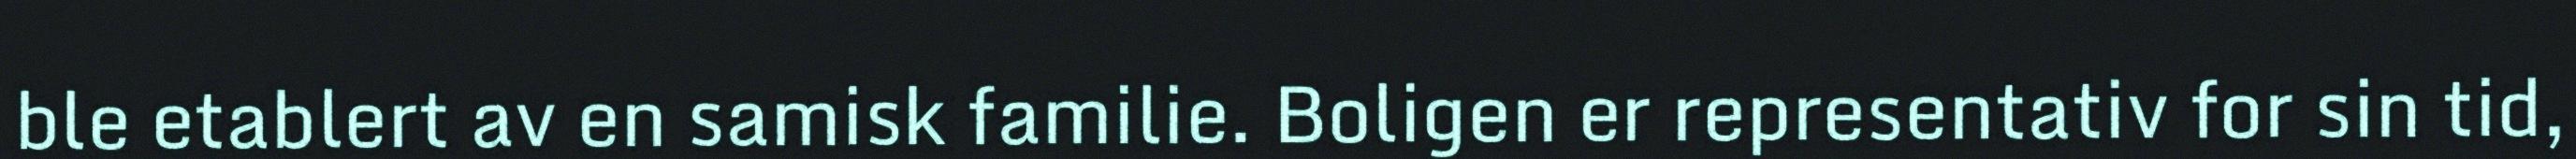
ble etablert av en samisk familie. Boligen er representativ for sin tid,